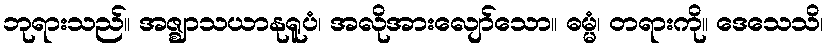
ဘုရားသည်။ အဇ္ဈာသယာနုရူပံ၊ အလိုအားလျော်သော။ ဓမ္မံ၊ တရားကို။ ဒေသေသိ၊